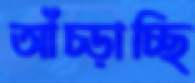
আঁচ্‌ড়াচ্ছি